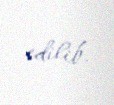
edilib.